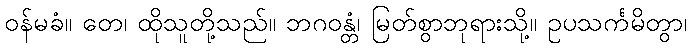
ဝန်မခံ။ တေ၊ ထိုသူတို့သည်။ ဘဂဝန္တံ၊ မြတ်စွာဘုရားသို့။ ဥပသင်္ကမိတွာ၊